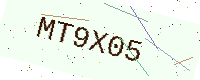
Text: MT9X05